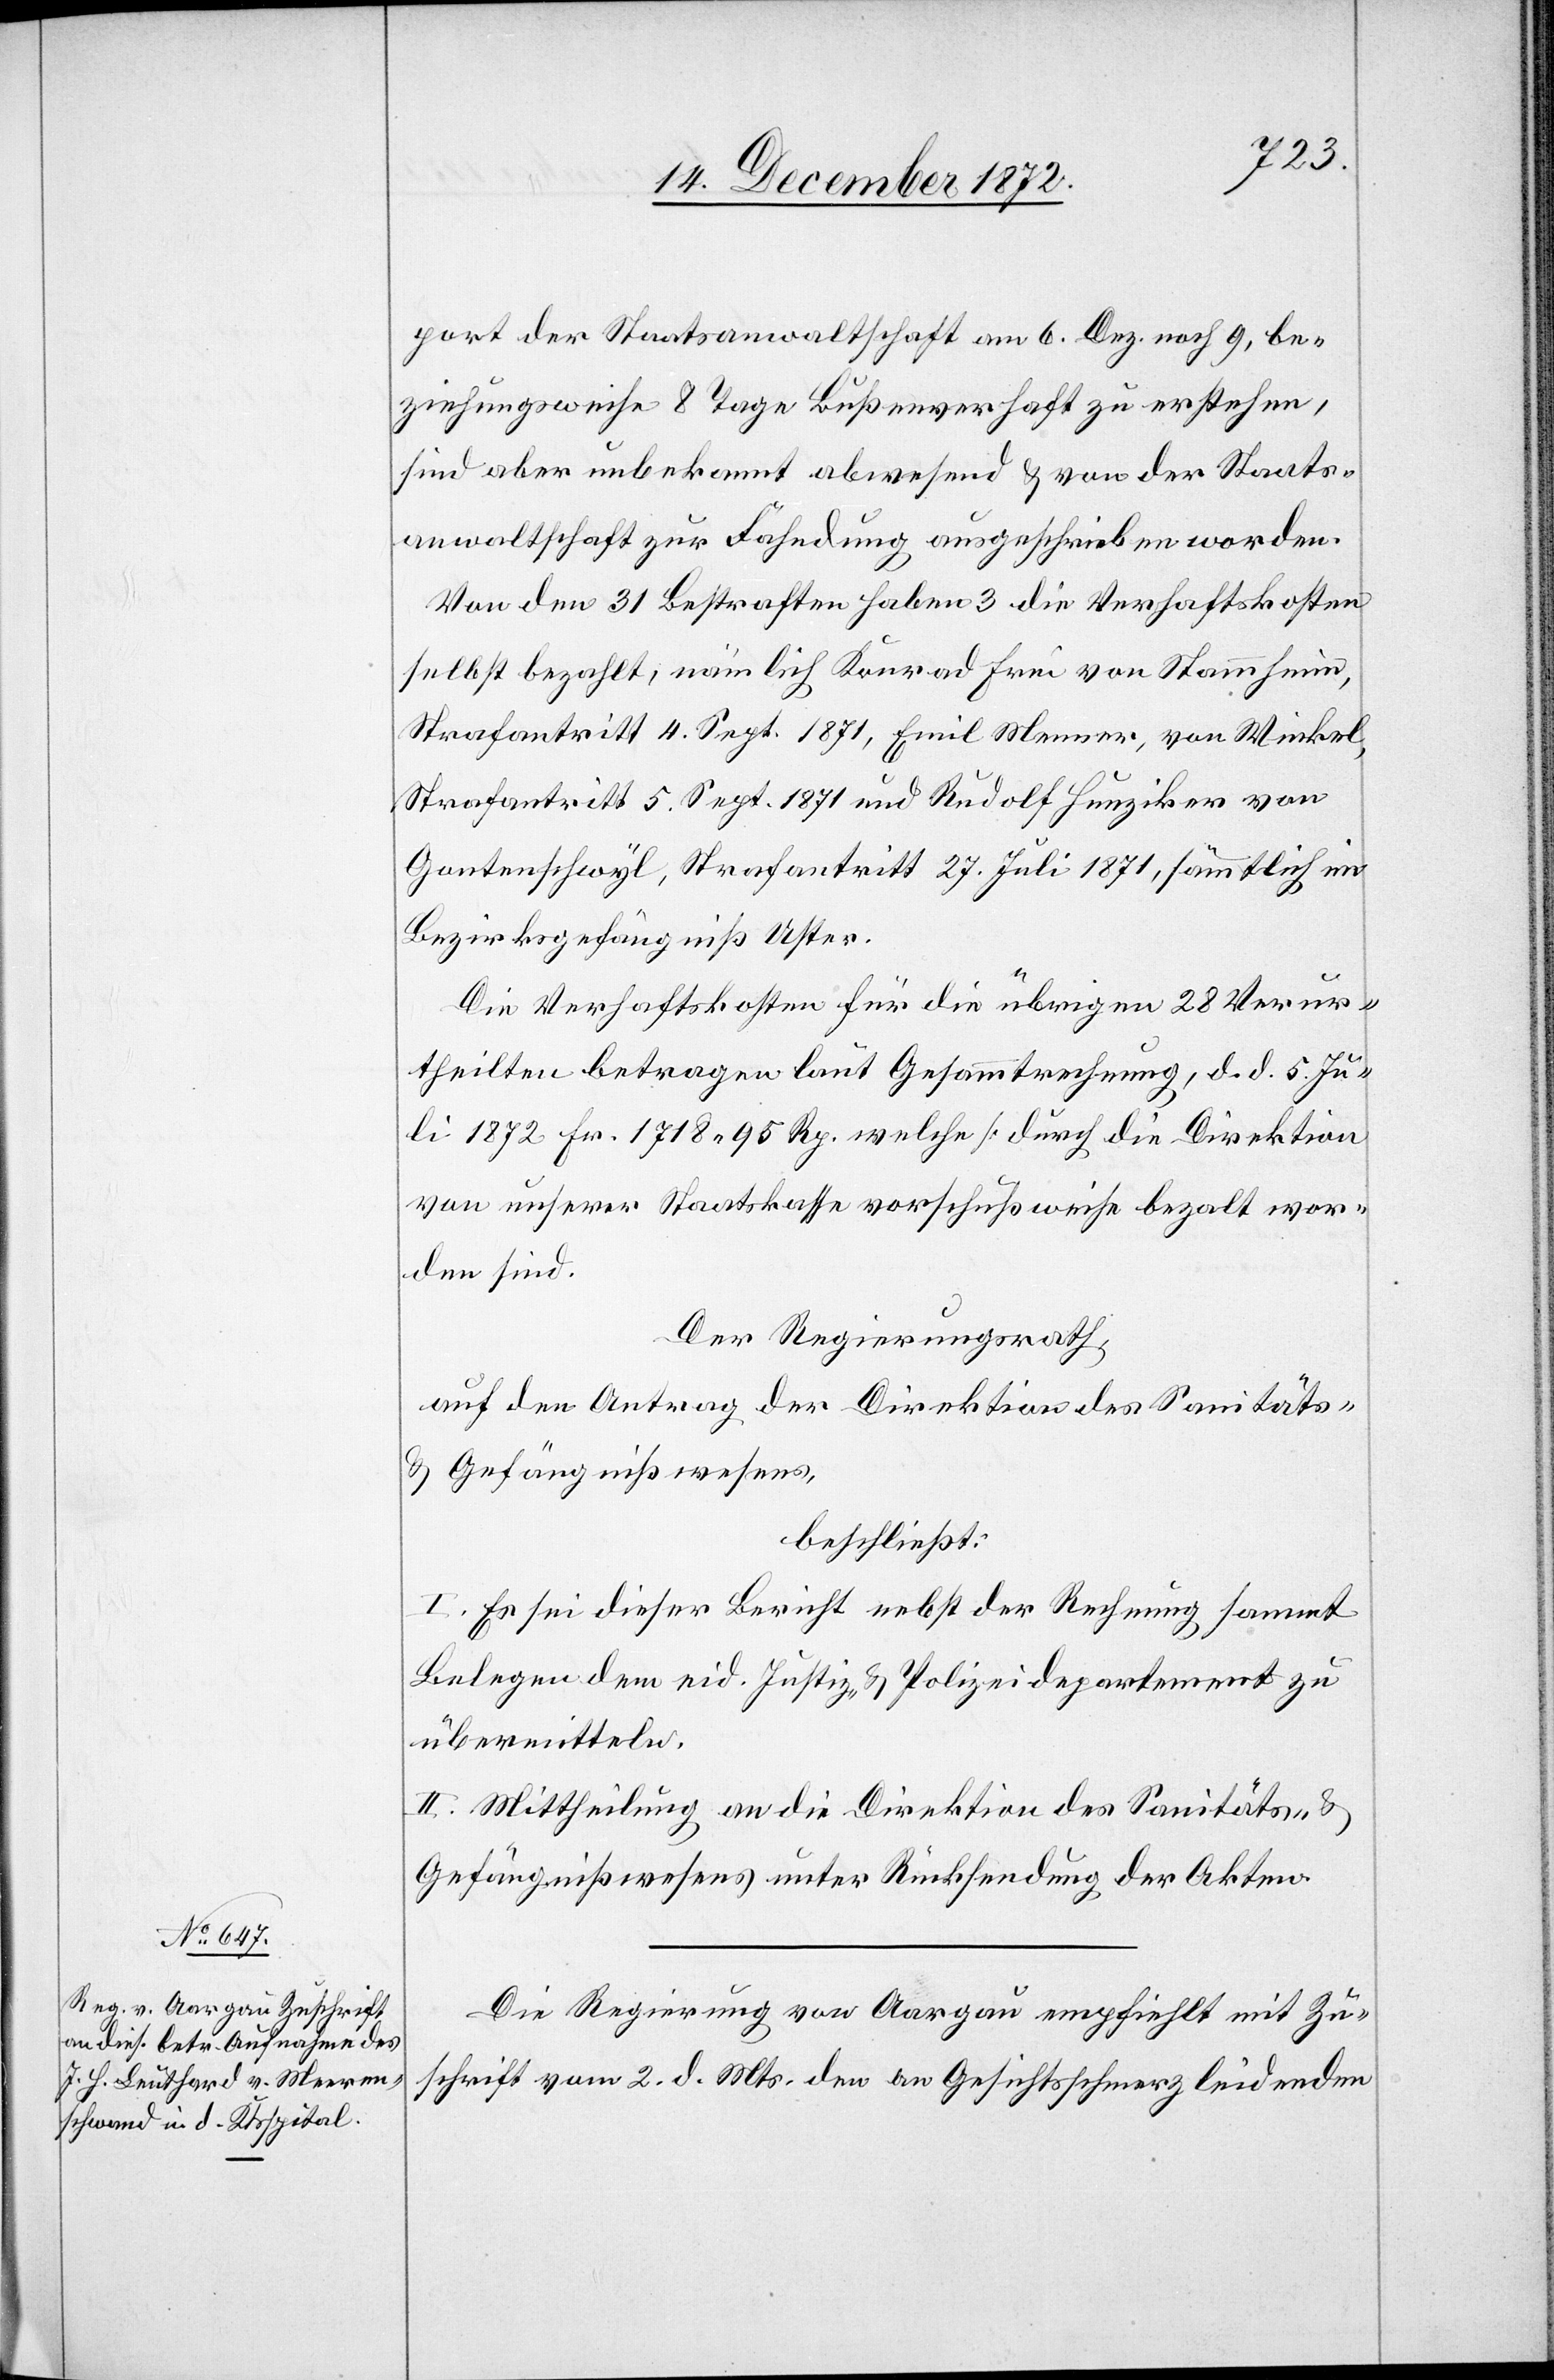
port der Staatsanwaltschaft am 6. Dez. noch 9, be¬
ziehungsweise 8 Tage Bußenverhaft zu erstehen,
sind aber unbekannt abwesend u. von der Staats¬
anwaltschaft zur Fahndung ausgeschrieben worden.
Von den 31 Bestraften haben 3 die Verhaftskosten
selbst bezahlt, nämlich Konrad Frei von Stammheim,
Strafantritt 4. Sept. 1871, Emil Menner, von Winkel,
Strafantritt 5. Sept. 1871 und Rudolf Hunziker von
Gontenschwyl, Strafantritt 27. Juli 1871, sämmtlich im
Bezirksgefängniß Uster.
Die Verhaftskosten für die übrigen 28 Verur¬
theilten betragen laut Gesammtrechnung, d. d. 5. Ju¬
li 1872 Fr. 1718 95 Rp. welche [durch die Direktion
von unserer Staatskasse vorschußweise bezalt wor¬
den sind.]
Der Regierungsrath,
auf den Antrag der Direktion des Sanitäts-
u. Gefängnißwesens,
beschließt:
I. Es sei dieser Bericht nebst der Rechnung sammt
Belegen dem eid. Justiz- u. Polizeidepartement zu
übermitteln.
II. Mittheilung an die Direktion des Sanitäts- u.
Gefängnißwesens unter Rücksendung der Akten.
Die Regierung von Aargau empfiehlt mit Zu¬
schrift vom 2. d. Mts. den an Gesichtsschmerz leidenden